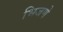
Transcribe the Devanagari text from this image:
भिजणे